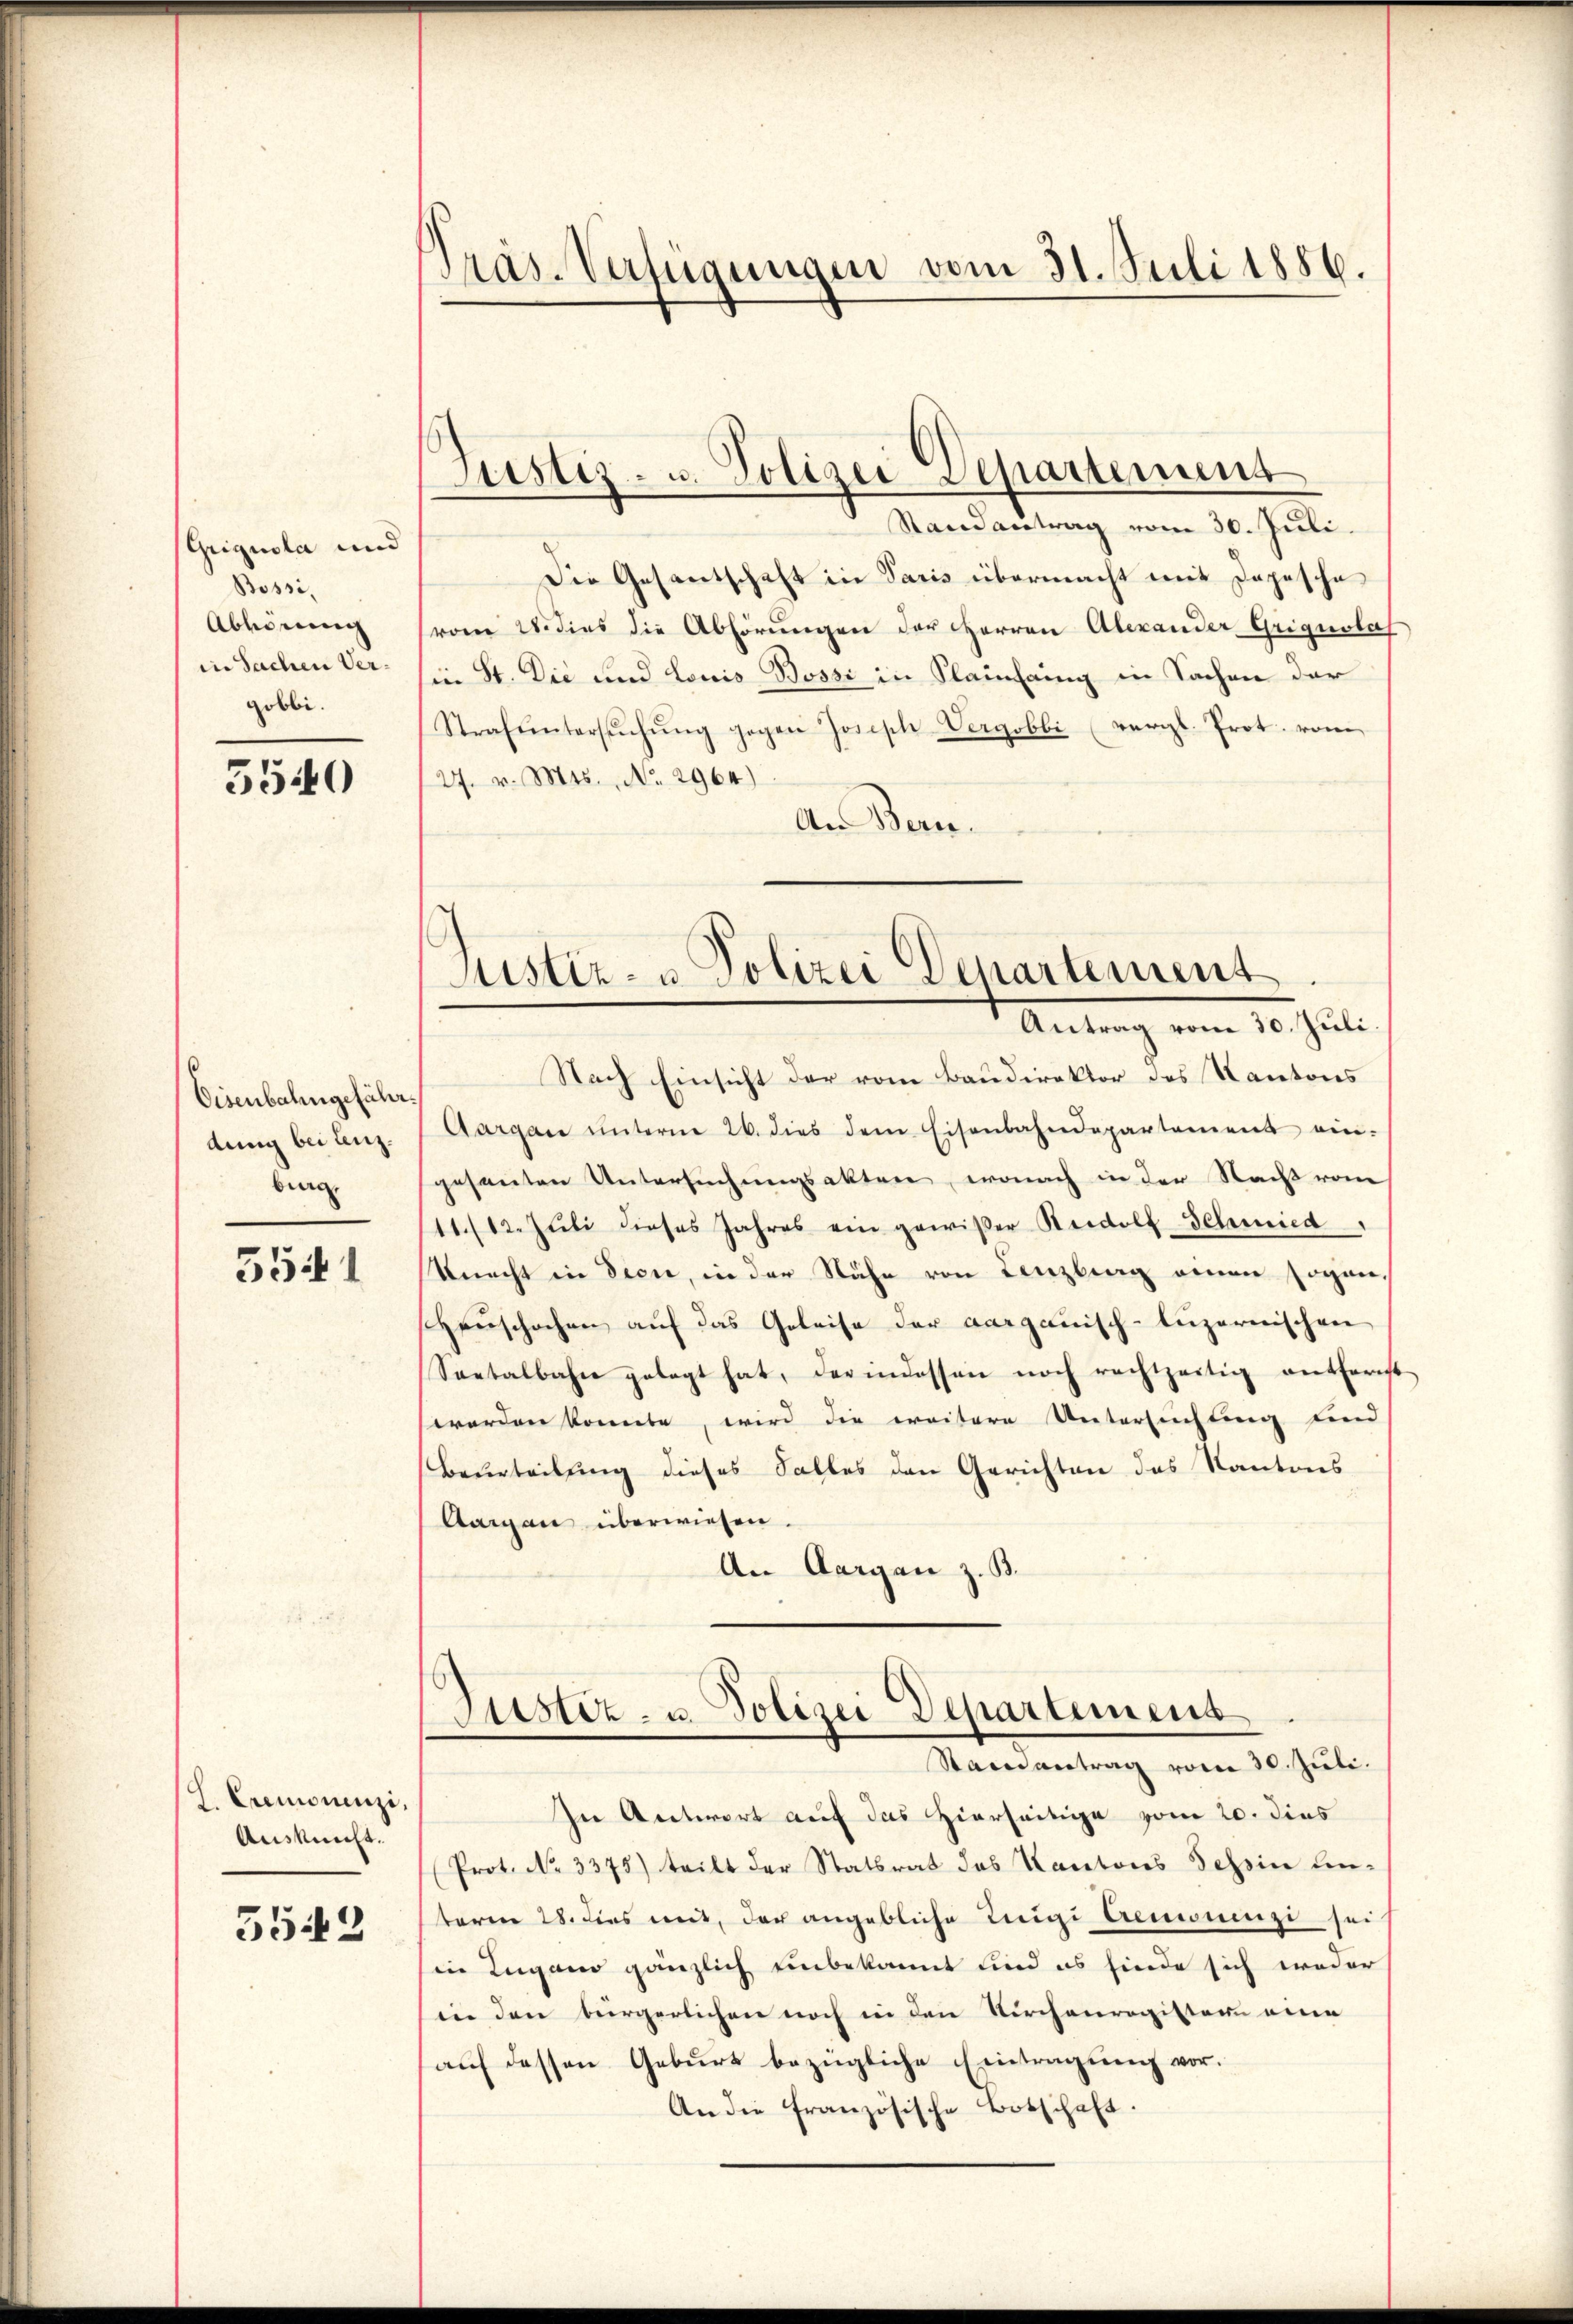
Griquola und
Bossi,
Abhörung
in Sachen Vergobbi.

5540

Eisenbahngefährdung bei Lenzburg.

5541

Z. Cremonenzi,
Auskunft.

5542

Pras-Verfügungen vom 31. Juli 1886.

Randantrag vom 30. Juli.
Die Gesantschaft in Paris übermacht mit Depesche
vom 28. dies die Abhörungen der HHerren Alexander Griguslas
sien St. Die und Louis Bossi in Flauhang in Sachen der
Strafuntersŭchŭng gegen Joseph-Vergobbi (vergl. Prot. vom
27. v. Mts. No. 2964)
An Bern.

Justiz- u. Polizei-Separtement

Justiz- u Polizei Departement
Antrag vom 30. Juli.
Nach Einsicht der vom Baudirektor des Kantons

Aargane ŭnterm 26. dies dem Eisenbahndepartement ein-
gesanten Untersuchungsakten, wonach in der Nacht vom
11./12. Jŭli dieses Jahres ein gewißer Reidolf Schmied
Knecht in deci, in der Nähe von Lenzberg einen sogen,
Heuschochen auf das Geleise der aargauisch-luzernischen
Seetalbahn gelegt hat, der indessen noch rechtzeitig entfernst
worden konnte, wird die weitere Untersuchung und
Beurteilung dieses Falles den Gerichten des Kantons
Aargau überwiesen.
An Aargau z. B.

Justiz- u. Polizei Departement

Stainantrag vom 30. Jŭli.
In Antwort auf das Hierseitige vom 20. dies
Prot. No 3375) teilt der Statsrat des Kantons Tessin unteren 28. dies mit, der angebliche Lingi Aemoninge sei
in Lugano gänzlich unbekannt sind es finde sich weder
in den bürgerlichen noch in den Kirchenregister eine
auf dessen Geburt bezügliche Eintragung vor.
An die französische Botschaft.